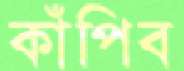
কাঁপিব